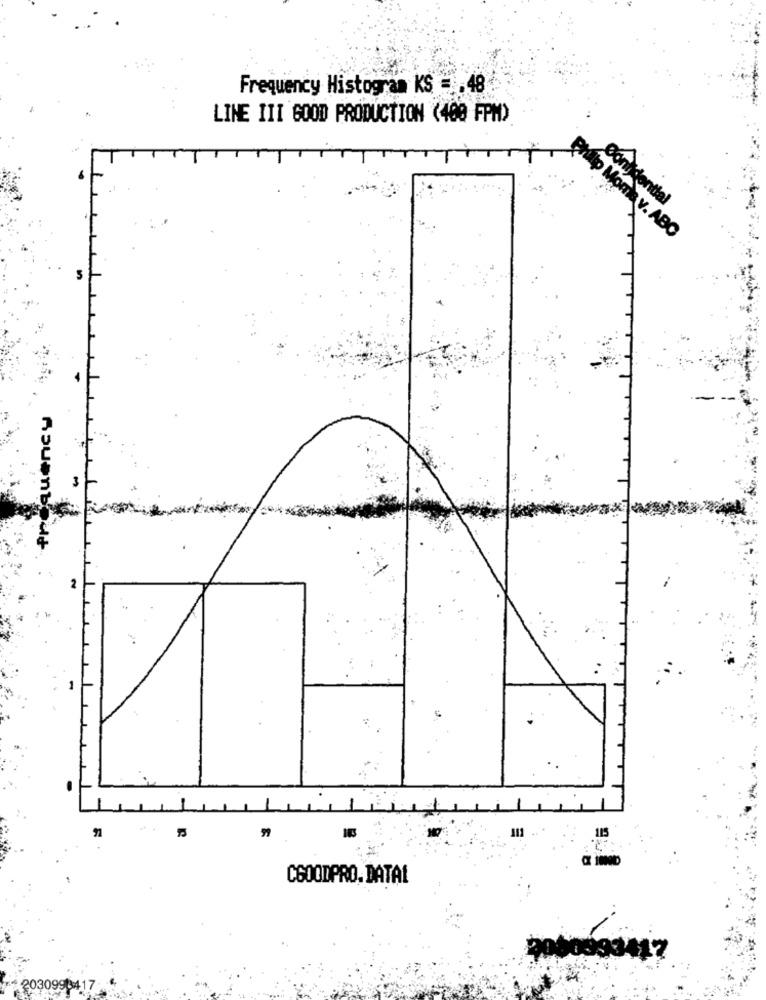
Frequency Histogram KS = 48
LINE III GOOD PRODUCTION (400 FPM)
Confidential
Phulp Mome v. ABC
Asuent
2
111
115
CGOODPRO. DATAL
00093417